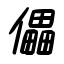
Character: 儡